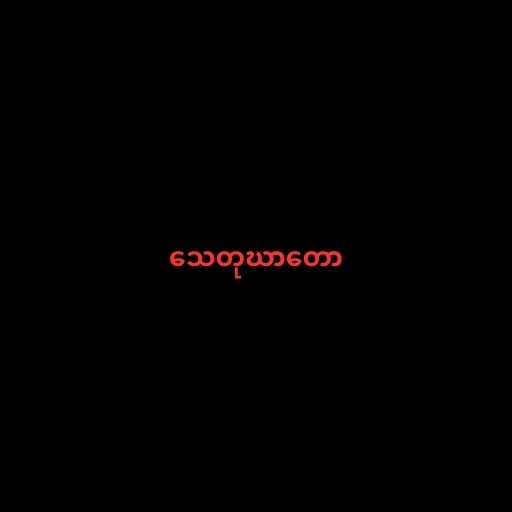
သေတုဃာတော